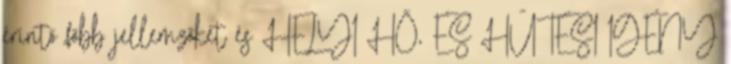
érintő főbb jellemzőket és HELYI HŐ, ÉS HŰTÉSI IGÉNY